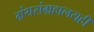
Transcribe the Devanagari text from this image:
ग्रंथसंग्रहालयही